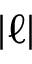
| \ell |